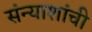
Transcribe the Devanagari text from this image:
संन्याशांची